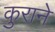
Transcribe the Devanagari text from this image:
कुराने